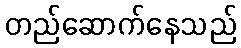
တည်ဆောက်နေသည်